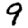
Digit: 9